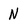
Character: N